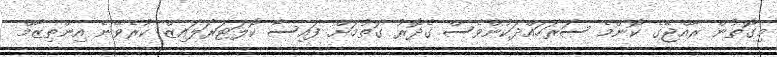
މިގޮތުން ރާއްޖޭގެ ކޮންމެ ސަރަހައްދަކުންވެސް ގެދޮރު ގަތުމަށް ފައިސާ ކޮލަޓަރަލައިޒް ކުރެވޭނެ އިންތިޒާމް